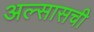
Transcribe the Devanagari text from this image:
अल्सासची